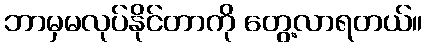
ဘာမှမလုပ်နိုင်တာကို တွေ့လာရတယ်။